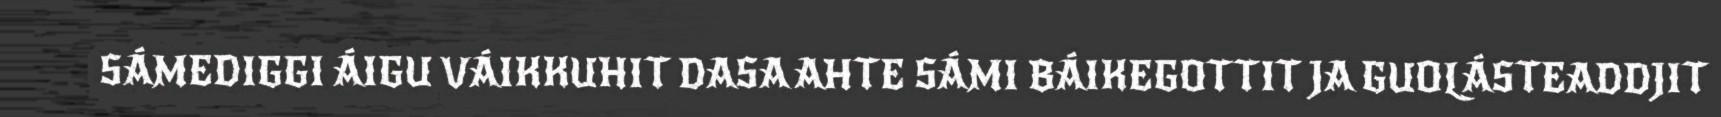
SÁMEDIGGI ÁIGU VÁIKKUHIT DASA AHTE SÁMI BÁIKEGOTTIT JA GUOLÁSTEADDJIT